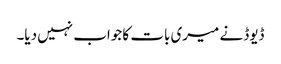
ڈیوڈ نے میری بات کا جواب نہیں دیا۔